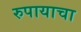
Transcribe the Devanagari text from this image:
रुपायाचा